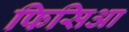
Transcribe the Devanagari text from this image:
फिसिआ